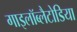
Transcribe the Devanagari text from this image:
गाइलॉब्लैटोडिया